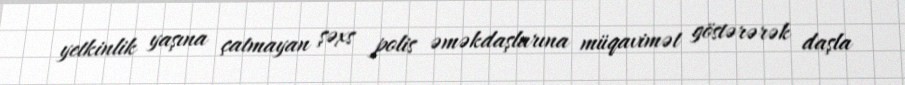
yetkinlik yaşına çatmayan şəxs polis əməkdaşlarına müqavimət göstərərək daşla